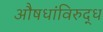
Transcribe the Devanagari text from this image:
औषधांविरुद्ध